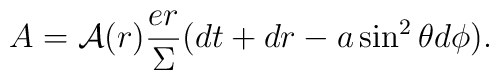
A= {\cal A}(r)\frac {er}\Sigma (dt +dr - a \sin ^2 \theta d\phi).